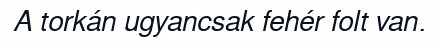
A torkán ugyancsak fehér folt van.